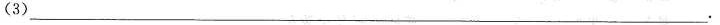
（3）___.